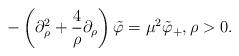
LaTeX: \begin{align*}-\left(\partial_{\rho}^{2}+\frac{4}{\rho}\partial_{\rho} \right)\tilde{\varphi}=\mu^{2}\tilde{\varphi}_{+},\rho>0. \end{align*}